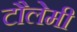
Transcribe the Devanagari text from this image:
टौलेमी